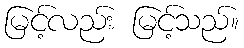
မြင့်လည်း မြင့်သည်။